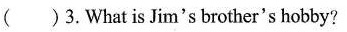
( )3.What is Jim's brother's hobby?